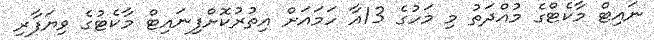
ނައިޓް މާކެޓްގެ މުއްދަތު މި މަހުގެ 13އާ ހަމައަށް އިތުރުކޮށްފިނައިޓް މާކެޓުގެ ވިޔަފާރި